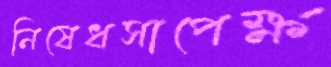
নিষেধসাপেক্ষ